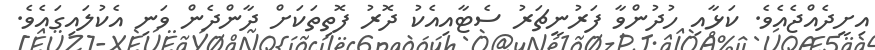
އިށީދެއްޖެއެވެ. ކަޅާއި ހުދުންވާ ފަރުނީޗަރު ސެޓާއިއެކު ދޮރު ފޮތިތަކަށް ދާންދެން ވަނި އެކުލައިގައެވެ.